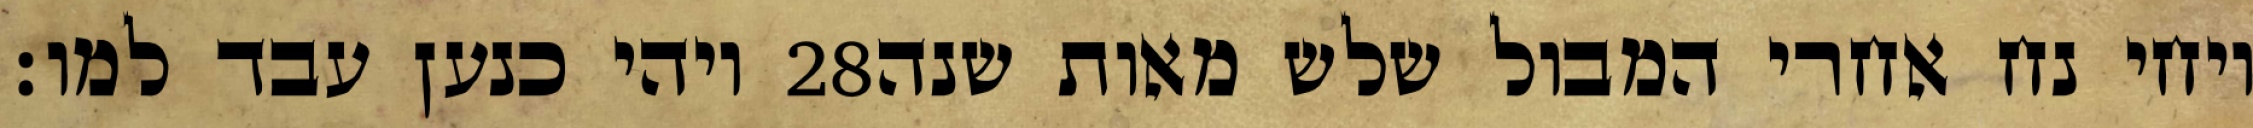
ויהי כנען עבד למו׃ ‎28‏ ויחי נח אחרי המבול שלש מאות שנה